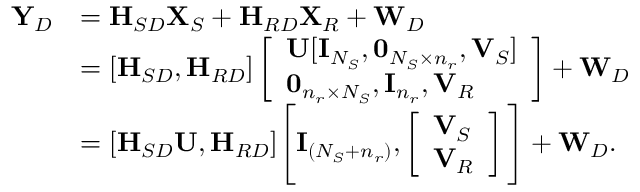
\begin{array} { r l } { { \mathbf Y } _ { D } } & { = { \textbf H } _ { S D } { \mathbf X } _ { S } + { \textbf H } _ { R D } { \mathbf X } _ { R } + { \mathbf W } _ { D } } \\ & { = [ { \textbf H } _ { S D } , { \textbf H } _ { R D } ] \left[ \begin{array} { l } { { \mathbf U } [ { \mathbf I } _ { N _ { S } } , \mathbf { 0 } _ { N _ { S } \times n _ { r } } , { \mathbf V } _ { S } ] } \\ { \mathbf { 0 } _ { n _ { r } \times N _ { S } } , { \mathbf I } _ { n _ { r } } , { \mathbf V } _ { R } } \end{array} \right] + { \mathbf W } _ { D } } \\ & { = [ { \textbf H } _ { S D } { \mathbf U } , { \textbf H } _ { R D } ] \Bigg [ { \mathbf I } _ { ( N _ { S } + n _ { r } ) } , \left[ \begin{array} { l } { { \mathbf V } _ { S } } \\ { { \mathbf V } _ { R } } \end{array} \right] \Bigg ] + { \mathbf W } _ { D } . } \end{array}